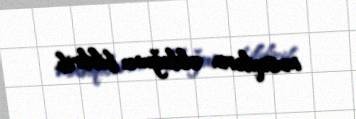
musiqilərin olduğunu bildirib.